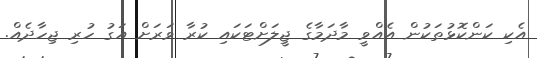
އެކި ކަންކޮޅުތަކުން އެއްވީ މާދަމާގެ ޖީލަށްޓަކައި ކުރާ ވަރަށް އަގު ހުރި ޖިހާދެއް.